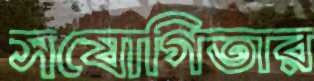
সযোগিতার